Lunatic asylums Bombay report 1891-1903 - 1891-1903
Year: 1891
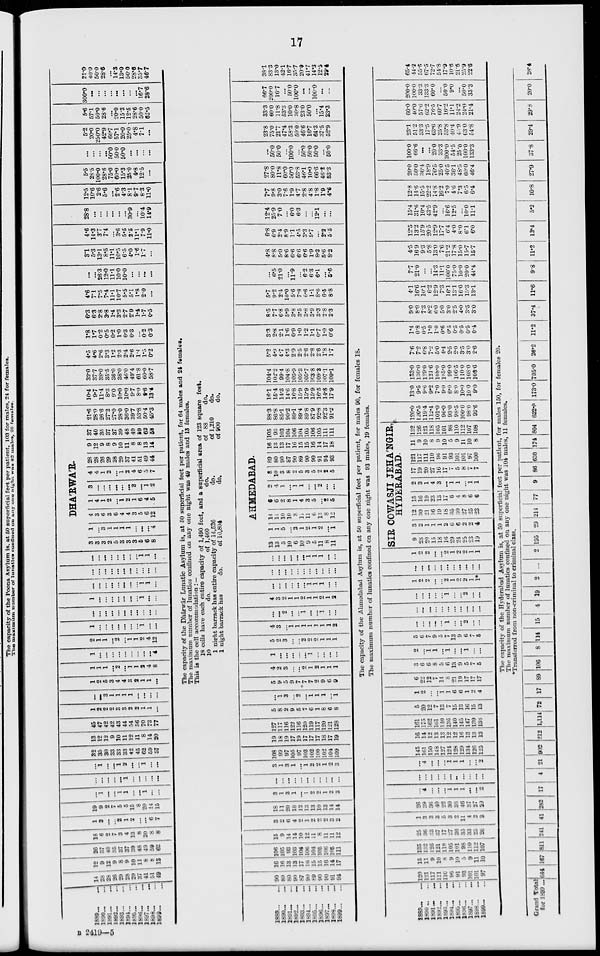
17
1889... ...
1890... ...
1891...
...
1892...
...
1893...
...
1894... ...
1895... ...
1896... ...
1897... ...
1898... ...
1898... ...
14
28
28
26
29
28
29
37
41
51
49
12
9
12
9
8
9
10
11
8
8
13
26
37
40
35
37
37
39
48
49
59
62
18
6
2
7
3
4
13
8
20
8
8
1
3
...
...
2
1
2
...
...
6
7
19
9
2
7
5
5
15
8
20
14
15
...
1
...
...
1
1
...
...
1
...
...
...
...
...
...
...
1
...
...
...
...
...
...
1
...
...
1
2
...
...
1
...
...
32
35
30
33
33
33
42
45
62
59
57
13
12
12
9
10
11
12
11
8
14
20
45
47
42
42
43
44
54
56
70
73
77
1
2
2
2
3
3
2
2
1
1
...
...
...
3
1
1
1
1
...
...
...
...
1
2
5
3
4
4
3
2
1
1
..
1
1
1
...
2
...
1
1
3
4
8
1
...
...
...
...
...
...
...
...
...
4
2
1
1
...
2
...
1
1
2
4
12
1
...
...
...
...
...
...
...
1
...
...
...
...
...
...
...
...
...
...
...
...
...
1
...
...
...
...
...
...
...
1
...
...
...
...
...
...
...
...
...
...
1
1
...
...
...
...
...
...
...
...
...
...
...
...
...
...
...
...
...
...
...
...
1
1
...
DHA'RWA'R.
3
3
3
2
5
3
3
3
5
6
8
1
...
3
1
1
1
1
...
...
...
4
4
3
6
3
6
4
4
3
5
6
12
1
4
1
2
...
1
2
1
6
4
5
3
...
...
...
...
...
...
3
...
1
2
4
4
1
2
...
1
2
4
6
5
7
28
28
26
29
28
29
37
41
51
49
44
9
12
9
8
9
10
11
8
8
13
14
37
40
35
37
37
39
48
49
59
62
58
21.6
28.0
26.6
27.2
27.0
28.0
36.0
39.7
53.8
50.4
45.3
10.4
9.7
11.4
8.3
9.0
10.0
10.0
9.7
8.0
9.6
13.4
32.0
37.7
38.0
35.5
36.0
38.0
46.0
49.4
61.8
60.0
58.7
4.5
4.6
2.6
3.3
1.2
2.3
2.4
2.6
1.4
1.5
0.2
1.8
1.7
0.2
0.5
0.2
1.0
0.3
0.3
...
0.2
0.3
6.3
6.3
2.8
3.8
1.4
3.3
2.7
2.9
1.4
1.7
0.5
4.6
7.1
7.5
7.4
11.1
10.7
5.5
5.1
1.8
2.0
...
...
...
26.3
12.0
11.1
10.0
10.0
...
...
...
...
3.1
5.3
13.1
8.5
11.1
10.5
6.5
4.0
1.6
1.7
...
4.6
14.3
3.7
7.4
...
3.6
5.5
2.5
11.1
7.9
11.0
28.8
...
...
...
...
...
...
30.9
...
10.4
14.9
12.5
10.6
2.6
5.6
...
2.6
4.3
8.1
9.7
8.3
11.0
5.5
28.5
100.0
28.6
75.0
60.0
15.3
25.0
4.8
12.5
...
...
...
...
...
50.0
50.0
50.0
...
...
...
...
5.2
20.0
250.0
42.9
66.7
57.1
20.0
25.0
4.8
7.1
...
5.6
57.1
50.0
28.6
...
20.0
15.3
12.5
28.6
50.0
62.5
300.0
...
...
...
...
...
...
...
...
16.7
28.6
21.0
40.0
50.0
28.6
...
14.3
13.0
50.0
28.6
35.7
46.7
The capacity of the Dhárwár Lunatic Asylum is, at 50 superficial feet per patient, for 64 males and 24 females.
The maximum number of lunatics confined on any one night was 49 males and 13 females.
This is the cell accommodation : —
18 cells have each entire capacity of 1,490 feet, and a superficial area of 123 square feet.
10
do.
of 1,460
do.
of 88
do.
1 night barrack has entire capacity of 14,526
do.
of 1,210
do.
1 night barrack has
do.
of 10,804
do.
of 900
do.
1889...
...
1890... ...
1891... ...
1892... ...
1893... ...
1894 ... ...
1895 ... ...
1896 ... ...
1897... ...
1898 ... ...
1899 ... ...
90
89
80
90
87
90
89
90
90
91
94
16
16
13
13
17
16
15
15
16
14
17
106
105
93
103
104
106
104
105
106
105
111
15
9
14
14
10
12
11
8
11
11
12
3
2
6
4
2
1
2
2
2
3
2
18
11
20
18
12
13
13
10
13
14
14
3
1
3
1
...
1
2
2
1
2
3
...
...
...
...
...
...
...
...
...
...
...
3
1
3
1
...
1
2
2
1
2
3
108
99
97
105
97
103
102
100
102
104
109
19
18
19
17
19
17
17
17
18
17
19
127
117
116
122
116
120
119
117
120
121
128
5
8
2
9
6
7
6
1
8
6
8
...
1
3
...
2
...
1
1
1
...
1
5
9
5
9
7
7
7
2
9
6
9
4
2
3
...
...
2
1
2
1
1
1
1
...
...
...
...
...
1
...
...
...
...
5
2
3
...
...
2
2
2
1
1
1
4
3
...
1
1
1
1
1
1
1
2
...
...
2
...
...
1
...
...
1
...
...
4
3
2
1
1
2
1
1
2
1
2
...
...
...
...
...
...
1
1
1
...
...
...
...
...
...
...
...
...
...
...
...
...
...
...
...
...
...
...
1
1
1
...
...
AHMEDABAD.
13
13
5
10
6
10
9
5
11
8
11
1
1
5
...
2
1
2
1
2
...
1
14
14
10
10
8
11
11
6
13
8
12
6
6
2
8
1
4
3
5
...
2
5
2
4
1
...
1
1
...
...
2
...
...
8
10
3
8
2
5
3
5
2
2
5
89
80
90
87
90
89
90
90
91
94
93
16
13
13
17
16
15
15
16
14
17
18
105
93
103
104
106
104
105
106
105
111
111
88.3
86.8
85.1
90.2
89.1
89.4
89.8
87.9
92.8
92.3
91.2
16.1
15.4
14.3
14.6
16.8
15.9
15.9
15.9
16.5
14.8
17.9
104.4
102.2
99.4
104.8
105.9
105.3
105.7
103.8
109.3
107.1
109.1
5.2
4.9
4.7
4.3
2.9
2.5
2.6
2.8
2.6
1.8
1.7
3.3
2.8
2.1
1.6
0.9
1.0
1.2
1.1
0.7
1.0
0.6
8.5
7.7
6.8
5.9
3.8
3.5
3.8
3.9
3.3
2.8
2.3
5.7
9.2
2.4
10.0
5.6
7.8
6.6
1.1
8.6
6.5
8.8
...
6.5
21.0
...
11.9
...
6.2
6.3
6.1
...
5.6
4.8
8.8
5.0
8.6
6.6
6.6
6.6
1.9
8.2
5.6
8.2
6.8
6.9
2.4
8.9
1.1
4.5
3.3
5.7
...
2.2
5.5
12.4
25.9
7.0
...
6.0
6.3
...
...
12.1
...
...
7.7
9.8
3.0
7.6
1.9
4.7
2.8
4.8
1.8
1.9
4.6
27.8
80.0
11.8
60.0
50.0
53.8
46.1
10.0
66.6
46.2
53.3
...
50.0
50.0
...
100.0
...
50.0
50.0
50.0
...
50.0
23.8
75.0
21.7
47.4
58.3
50.0
46.6
16.7
64.3
37.5
52.9
33.3
60.0
11.8
53.3
10.0
30.8
23.0
50.0
...
15.4
33.3
66.7
200.0
16.7
...
500
100.0
...
...
100.0
...
...
38.1
83.3
13.0
42.1
16.7
35.7
20.0
41.7
14.3
12.5
29.4
The capacity of the Ahmedabad Asylum is, at 50 superficial feet per patient, for males 90, for females 18.
The maximum number of lunatics confined on any one night was 93 males, 19 females.
1889 ... ...
1890 ... ...
1891 ... ...
1892 ... ...
1893... ...
1894 ... ...
1895... ...
1896... ...
1897 ... ...
1898 ... ...
1899 ... ...
120
121
117
111
110
96
91
93
101
101
97
15
11
9
10
8
9
10
5
9
11
10
135
132
126
121
118
105
101
98
110
112
107
25
36
33
37
17
27
36
35
33
25
26
1
3
3
3
5
3
2
11
4
2
3
26
39
36
40
22
30
38
46
37
27
29
...
4
...
...
...
1
1
1
...
...
2
...
...
...
...
...
...
...
...
...
...
...
...
4
...
...
...
1
1
1
...
...
2
145
161
150
148
127
124
128
129
134
126
125
16
14
12
13
13
12
12
16
13
13
13
161
175
162
161
140
136
140
145
147
139
138
5
20
12
7
13
7
15
13
16
15
13
1
2
...
...
1
1
6
6
1
2
4
6
22
12
7
14
8
21
19
17
17
17
3
6
6
8
5
6
13
9
5
7
5
2
...
1
1
...
1
...
...
1
...
...
5
6
7
9
5
7
13
9
6
7
5
...
...
...
...
...
1
...
...
2
...
...
...
...
...
...
...
...
...
...
...
...
...
...
...
...
...
1
...
...
2
...
...
1
2
2
...
...
2
1
2
2
1
1*
...
...
...
...
...
...
...
...
...
...
...
1
2
2
...
...
2
1
2
2
1
1
SIR COWASJI JEHA'NGIR,
HYDERABAD.
9
28
20
15
18
16
29
24
25
23
19
3
2
1
1
1
2
6
6
2
2
4
12
30
21
16
19
18
35
30
27
25
23
15
16
19
23
13
17
6
4
8
6
6
2
3
1
4
3
...
1
1
...
1
1
17
19
20
27
16
17
7
5
8
7
7
121
117
111
110
96
91
93
101
101
97
100
11
9
10
8
9
10
5
9
11
10
8
132
126
121
118
105
101
98
110
112
107
108
120.0
120.5
119.4
112.4
101.0
96.0
93.0
98.5
100.0
98.0
93.6
13.0
9.5
9.6
9.2
7.0
9.0
6.0
8.0
10.0
10.0
9.0
133.0
130.0
129.0
121.6
108.0
105.0
99.0
106.5
110.0
108.0
108.6
7.6
7.2
6.8
7.2
5.0
4.4
2.5
2.0
3.5
3.0
2.6
1.4
0.8
0.5
1.0
1.0
0.6
0.5
0.5
0.5
0.5
0..4
9.0
8.0
7.3
8.2
6.0
5.0
3.0
2.5
4.0
3.5
30
4.1
16.6
10.1
6.2
12.9
7.3
16.1
13.1
16.0
15.3
13.1
7.7
21.0
...
...
14.3
11.1
100.0
75.0
10.0
20.0
44.4
4.5
16.9
9.3
5.8
13.0
7.6
21.2
17.8
15.0
15.7
157
12.5
13.2
15.9
20.5
12.9
17.7
6.4
4.0
8.0
6.1
6.0
15.4
31.6
10.4
43.5
42.9
...
16.6
12.5
...
10.0
11.1
12.8
14.6
15.5
22.2
14.8
16.2
7.0
4.6
7.3
6.5
6.4
20.0
50.0
36.4
18.9
76.5
25.0
40.5
36.1
48.5
60.0
46.4
100.0
66.6
...
...
20.0
33.3
300.0
54.5
25.0
100.0
133.3
23.1
51.2
33.3
17.5
63.6
25.8
53.8
40.4
45.9
63.0
54.8
60.0
40.0
57.0
62.2
76.5
60.7
16.2
11.1
24.2
24.0
21.4
200.0
100.0
33.3
133.3
60.0
...
50.0
9.0
...
50.0
33.3
65.4
44.2
55.6
67.5
72.7
54.8
17.9
10.6
21.6
25.9
22.6
The capacity of the Hyderabad Asylum is, at 50 superficial feet per patient, for males 150, for females 20.
The maximum number of lunatics confined on any one night was 104 males, 11 females.
*Transferred from non-criminal to criminal class.
Grand Total
for 1899...
644
167
811
241 41 282
17
4
21
902 212 1,114 72 17 89 106
8 114 15
4 19
2 ...
2 195 29
214
77
9
86 630
174 804
622.0 173.0
795.0 26.2
11.2 37.4
11.6
9.8
11.2
12.4
5.2
10.8 27.9
37.8
29.4 29.8
20.0
28.4